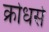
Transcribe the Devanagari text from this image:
क्रोधसे